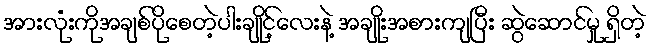
အားလုံးကိုအချစ်ပိုစေတဲ့ပါးချိုင့်လေးနဲ့ အချိုးအစားကျပြီး ဆွဲဆောင်မှု ရှိတဲ့